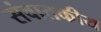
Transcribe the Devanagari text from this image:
संवातकीय